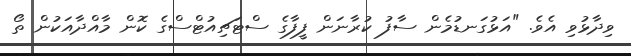
ވިދާޅުވި އެވެ. "އަޅުގަނޑުމެން ސާފު ކުރާނަން ފީފާގެ ސްޓަޗިއުޓްސްގެ ކޮން މާއްދާއަކުން ތޯ